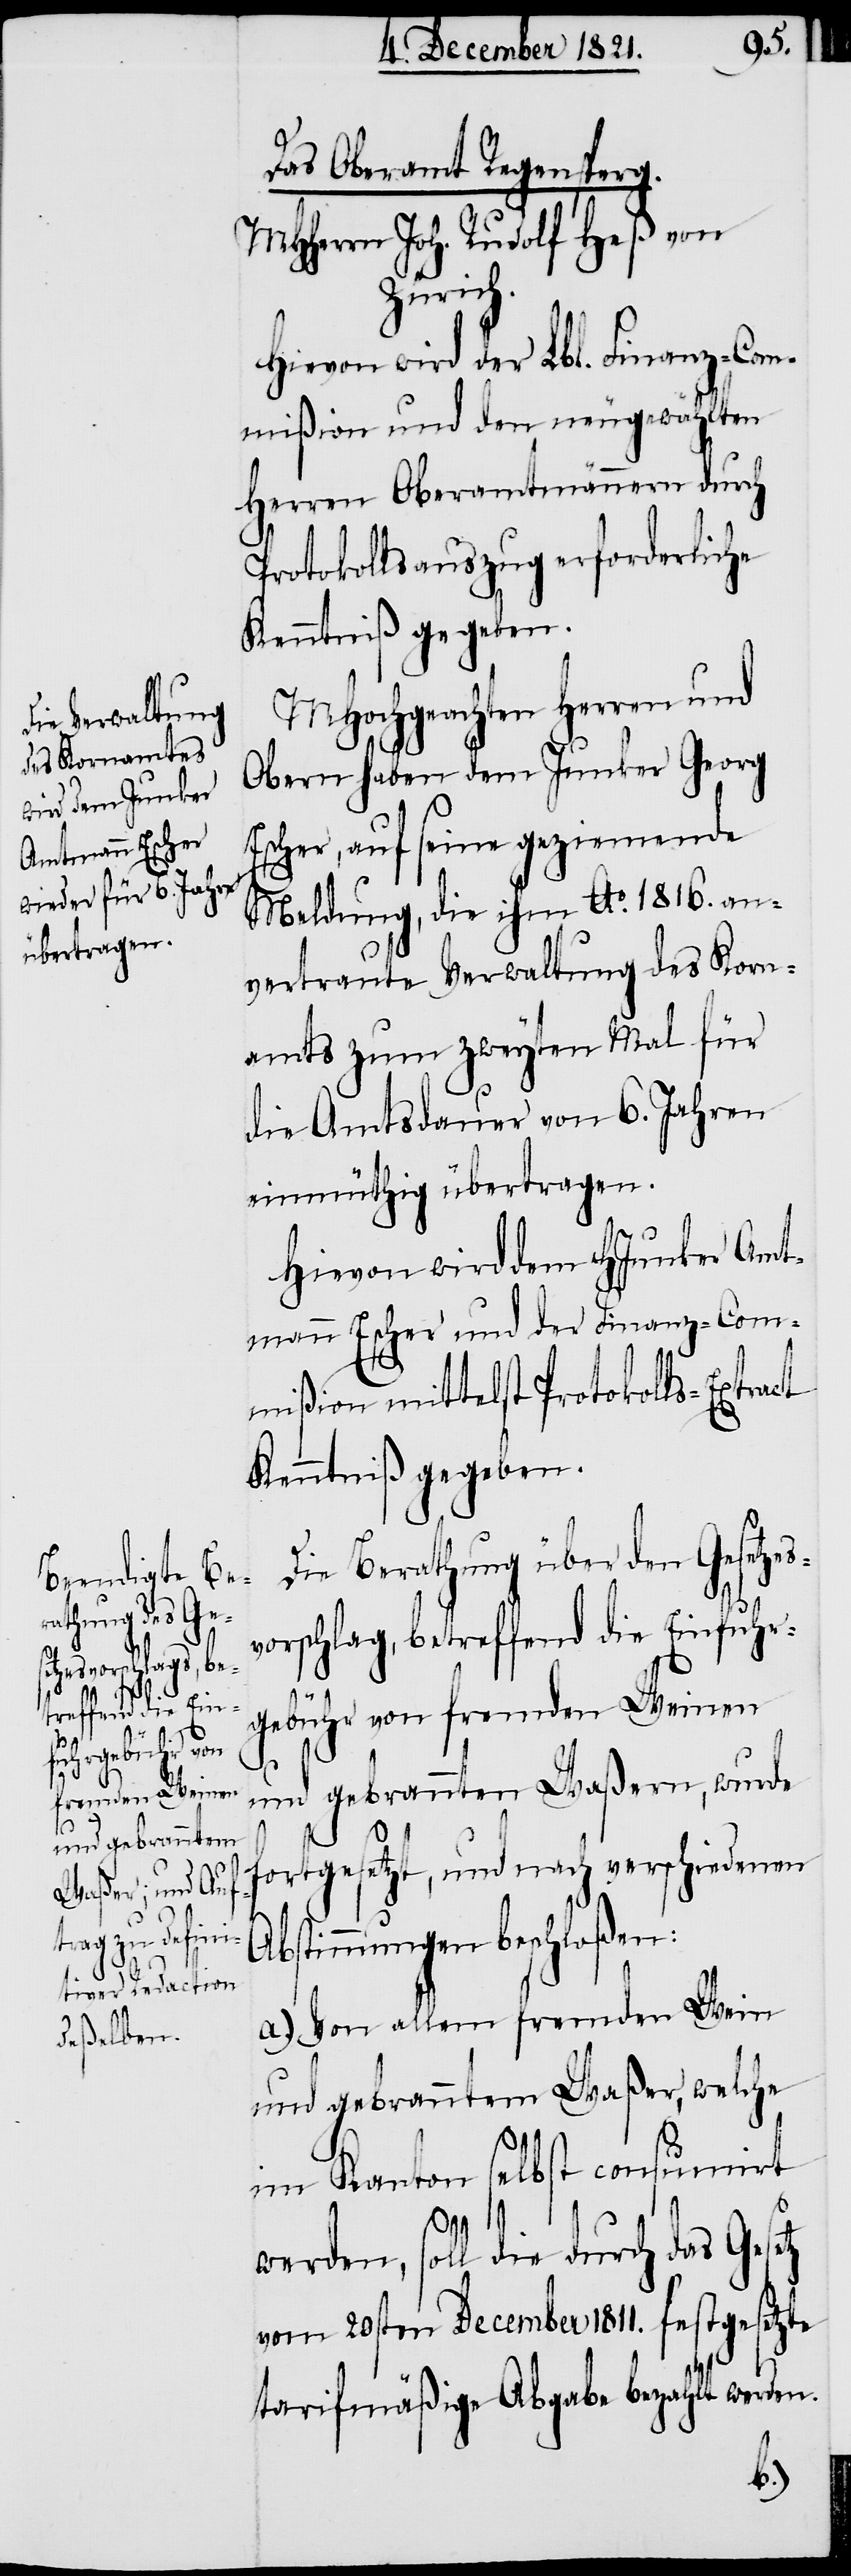
Abs¬
Das Oberamt Regensperg.
MHHerrn Joh. Rudolf Heß von
Zürich.
Hievon wird der Lbl. Finanz-Com¬
mißion und den neugewählten
Herren Oberamtmännern durch
Protokollsauszug erforderliche
Kenntniß gegeben.
MHochgeachten Herren und
Obern haben dem Junker Georg
Escher, auf seine geziemende
Meldung, die ihm Ao. 1816. an¬
vertraute Verwaltung des Korn¬
amts zum zweyten Mal für
die Amtsdauer von 6. Jahren
einmüthig übertragen.
Hievon wird dem HJunker Amt¬
mann Escher und der Finanz-Com¬
mißion mittelst Protokolls-Extract
Kenntniß gegeben.
ie Berathung über den Geset¬
vorschlag, betreffend die Einfuhr¬
gebühr von fremden Weinen
und gebrannten Waßern, wurde
fortgesetzt, und nach verschiedenen
timmungen beschloßen:
a.) Von allem fremden Wein
und gebranntem Waßer, welche
im Kanton selbst consumirt
D¬
werden, soll die durch das Gesetz
vom 20sten December 1811. festgesetzte
tarifmäßige Abgabe bezahlt werden.